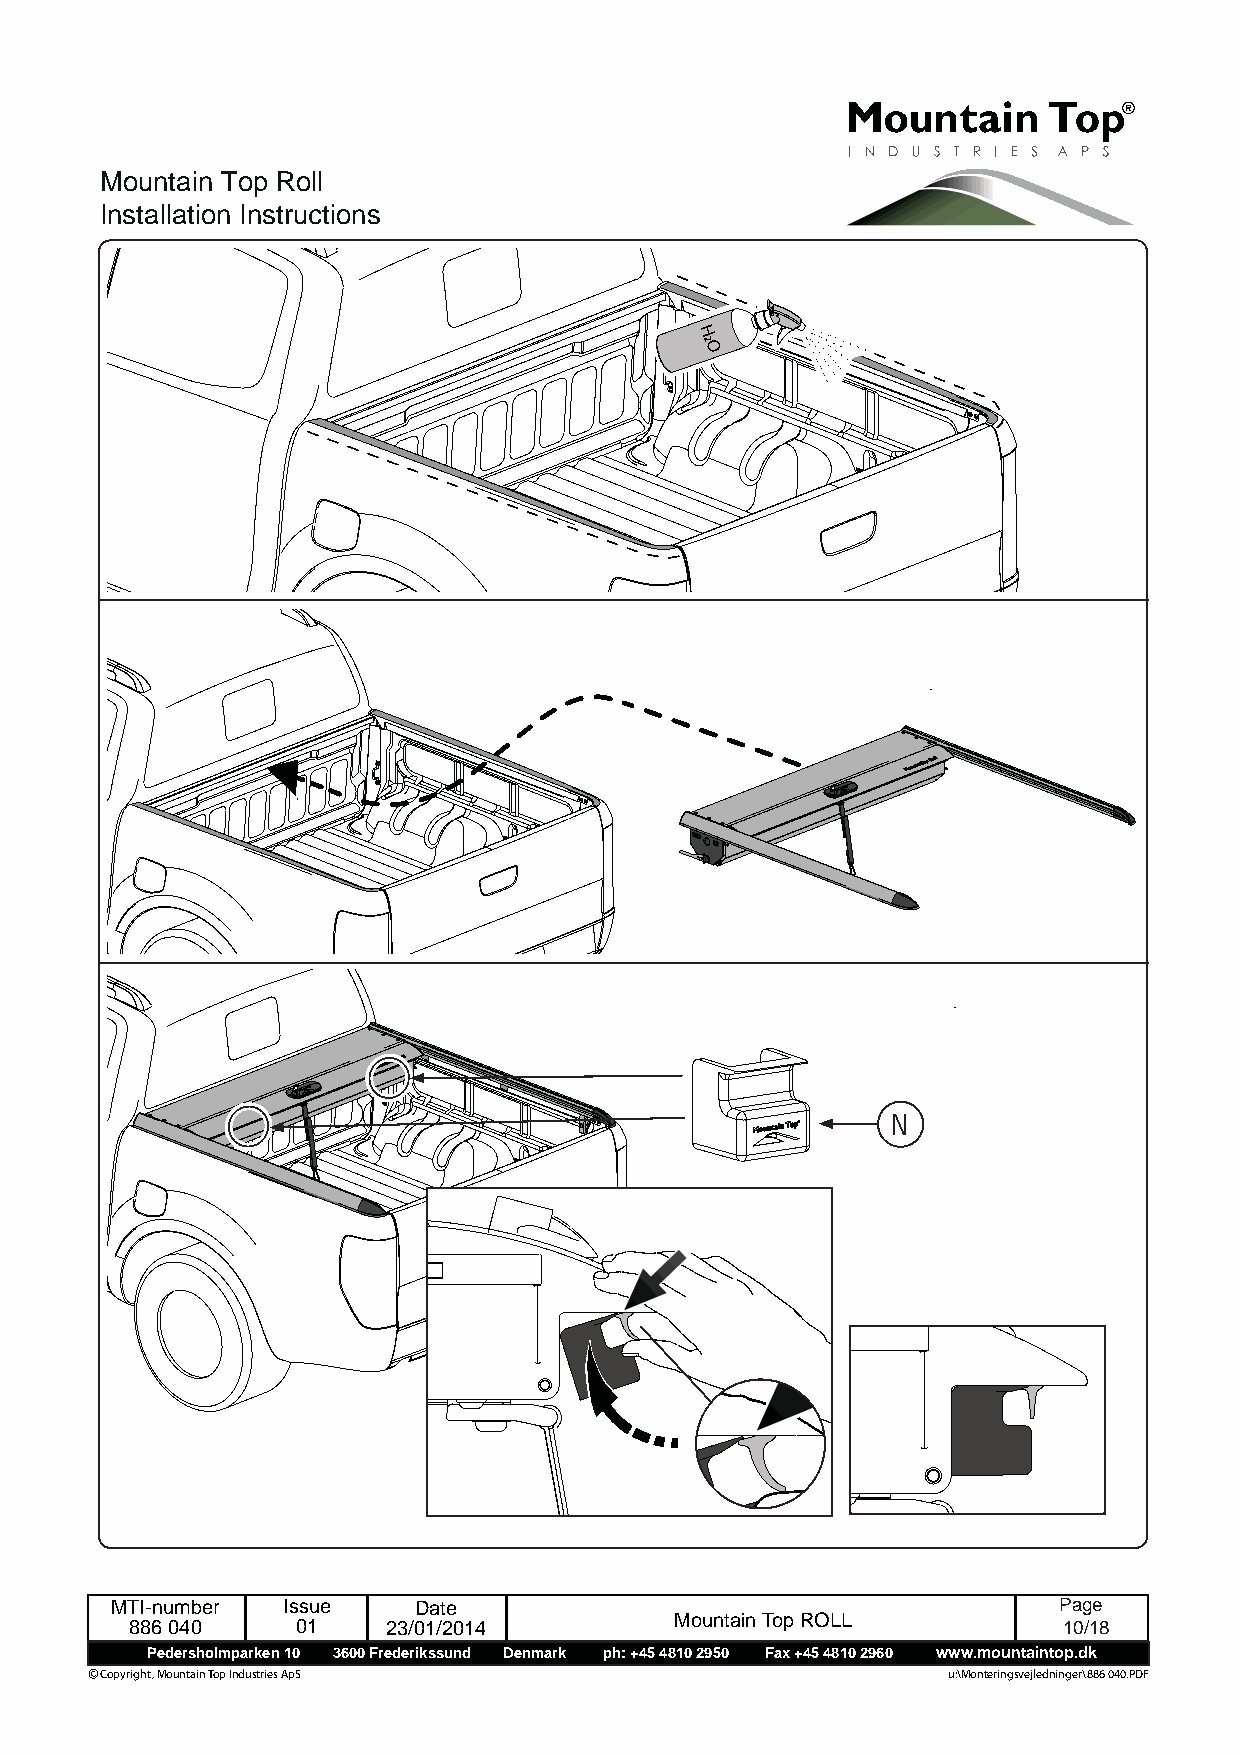
Mountain Top Roll
 Installation Instructions
 H
 2O
 N
 MTI-number  Issue   Date                                       Page
 886 040    01    23/01/2014         Mountain Top ROLL        1 0 /18
 Pedersholmparken 10 3600 Frederikssund Denmark ph: +45 4810 2950 Fax +45 4810 2960 www.mountaintop.dk
 © Copyright, Mountain Top Industries ApS                 u:\Monteringsvejledninger\886 040.PDF